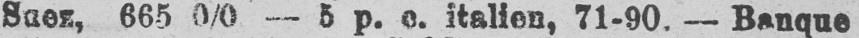
italien, 71-90. - Banque